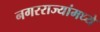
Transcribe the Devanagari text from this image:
नगरराज्यांमध्ये